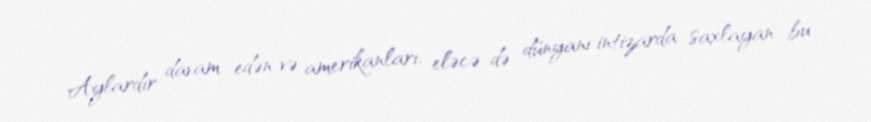
Aylardır davam edən və amerikanları, eləcə də dünyanı intizarda saxlayan bu